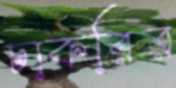
চাকরির